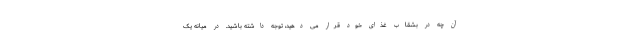
آن چه در بشقاب غذای خود قرار می دهید، توجه داشته باشید. در میانه یک